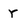
Character: r